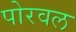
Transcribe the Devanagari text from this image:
पोरवल